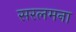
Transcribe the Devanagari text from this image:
सरलमना